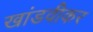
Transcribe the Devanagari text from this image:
खांडवीकर